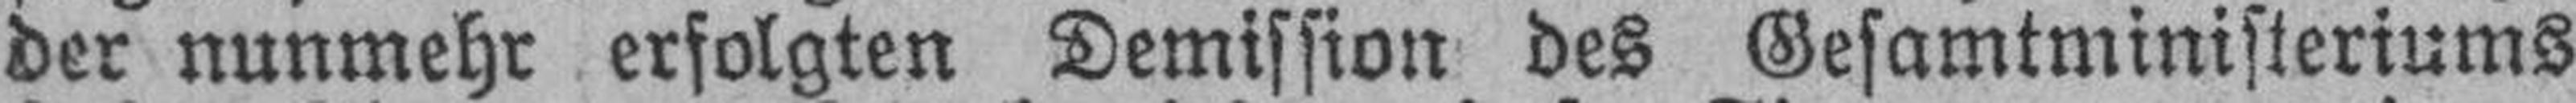
der nunmehr erfolgten Demission des Gesamtministeriums